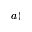
a )